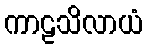
ကာဠသိလာယံ